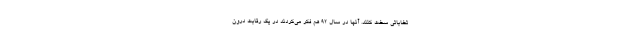
تخاباتی سخت کنند. آنها در سال 92 هم فکر می‌کردند در یک رقابت درون